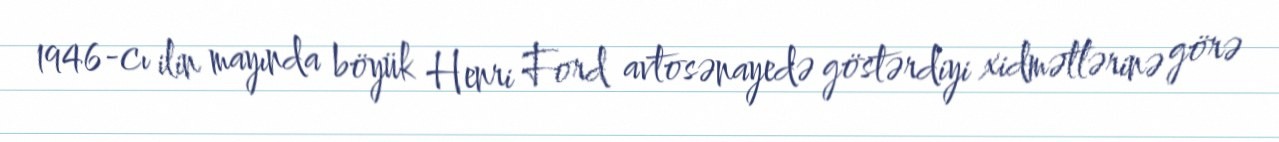
1946-cı ilin mayında böyük Henri Ford avtosənayedə göstərdiyi xidmətlərinə görə